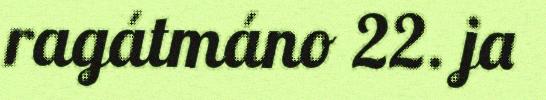
ragátmáno 22. ja